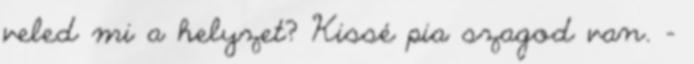
veled mi a helyzet? Kissé pia szagod van. –